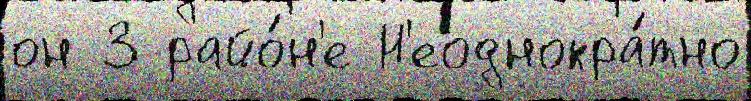
он 3 райо́н'е Н'еоднокра́тно